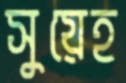
সুয়েহ